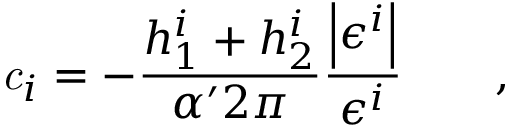
{ \it c } _ { i } = - \frac { h _ { 1 } ^ { i } + h _ { 2 } ^ { i } } { \alpha ^ { \prime } 2 \pi } \frac { \left| \epsilon ^ { i } \right| } { \epsilon ^ { i } } \qquad ,